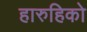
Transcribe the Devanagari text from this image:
हारुहिको